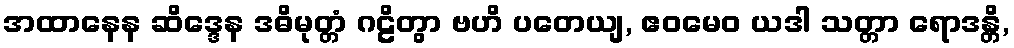
အထာနေန ဆိဒ္ဒေန ဒဓိမုတ္တံ ဂဠိတွာ ဗဟိ ပတေယျ, ဧဝမေဝ ယဒါ သတ္တာ ရောဒန္တိ,